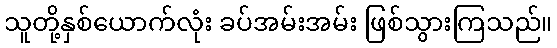
သူတို့နှစ်ယောက်လုံး ခပ်အမ်းအမ်း ဖြစ်သွားကြသည်။